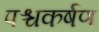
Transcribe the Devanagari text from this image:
पश्चकर्षण